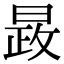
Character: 晸